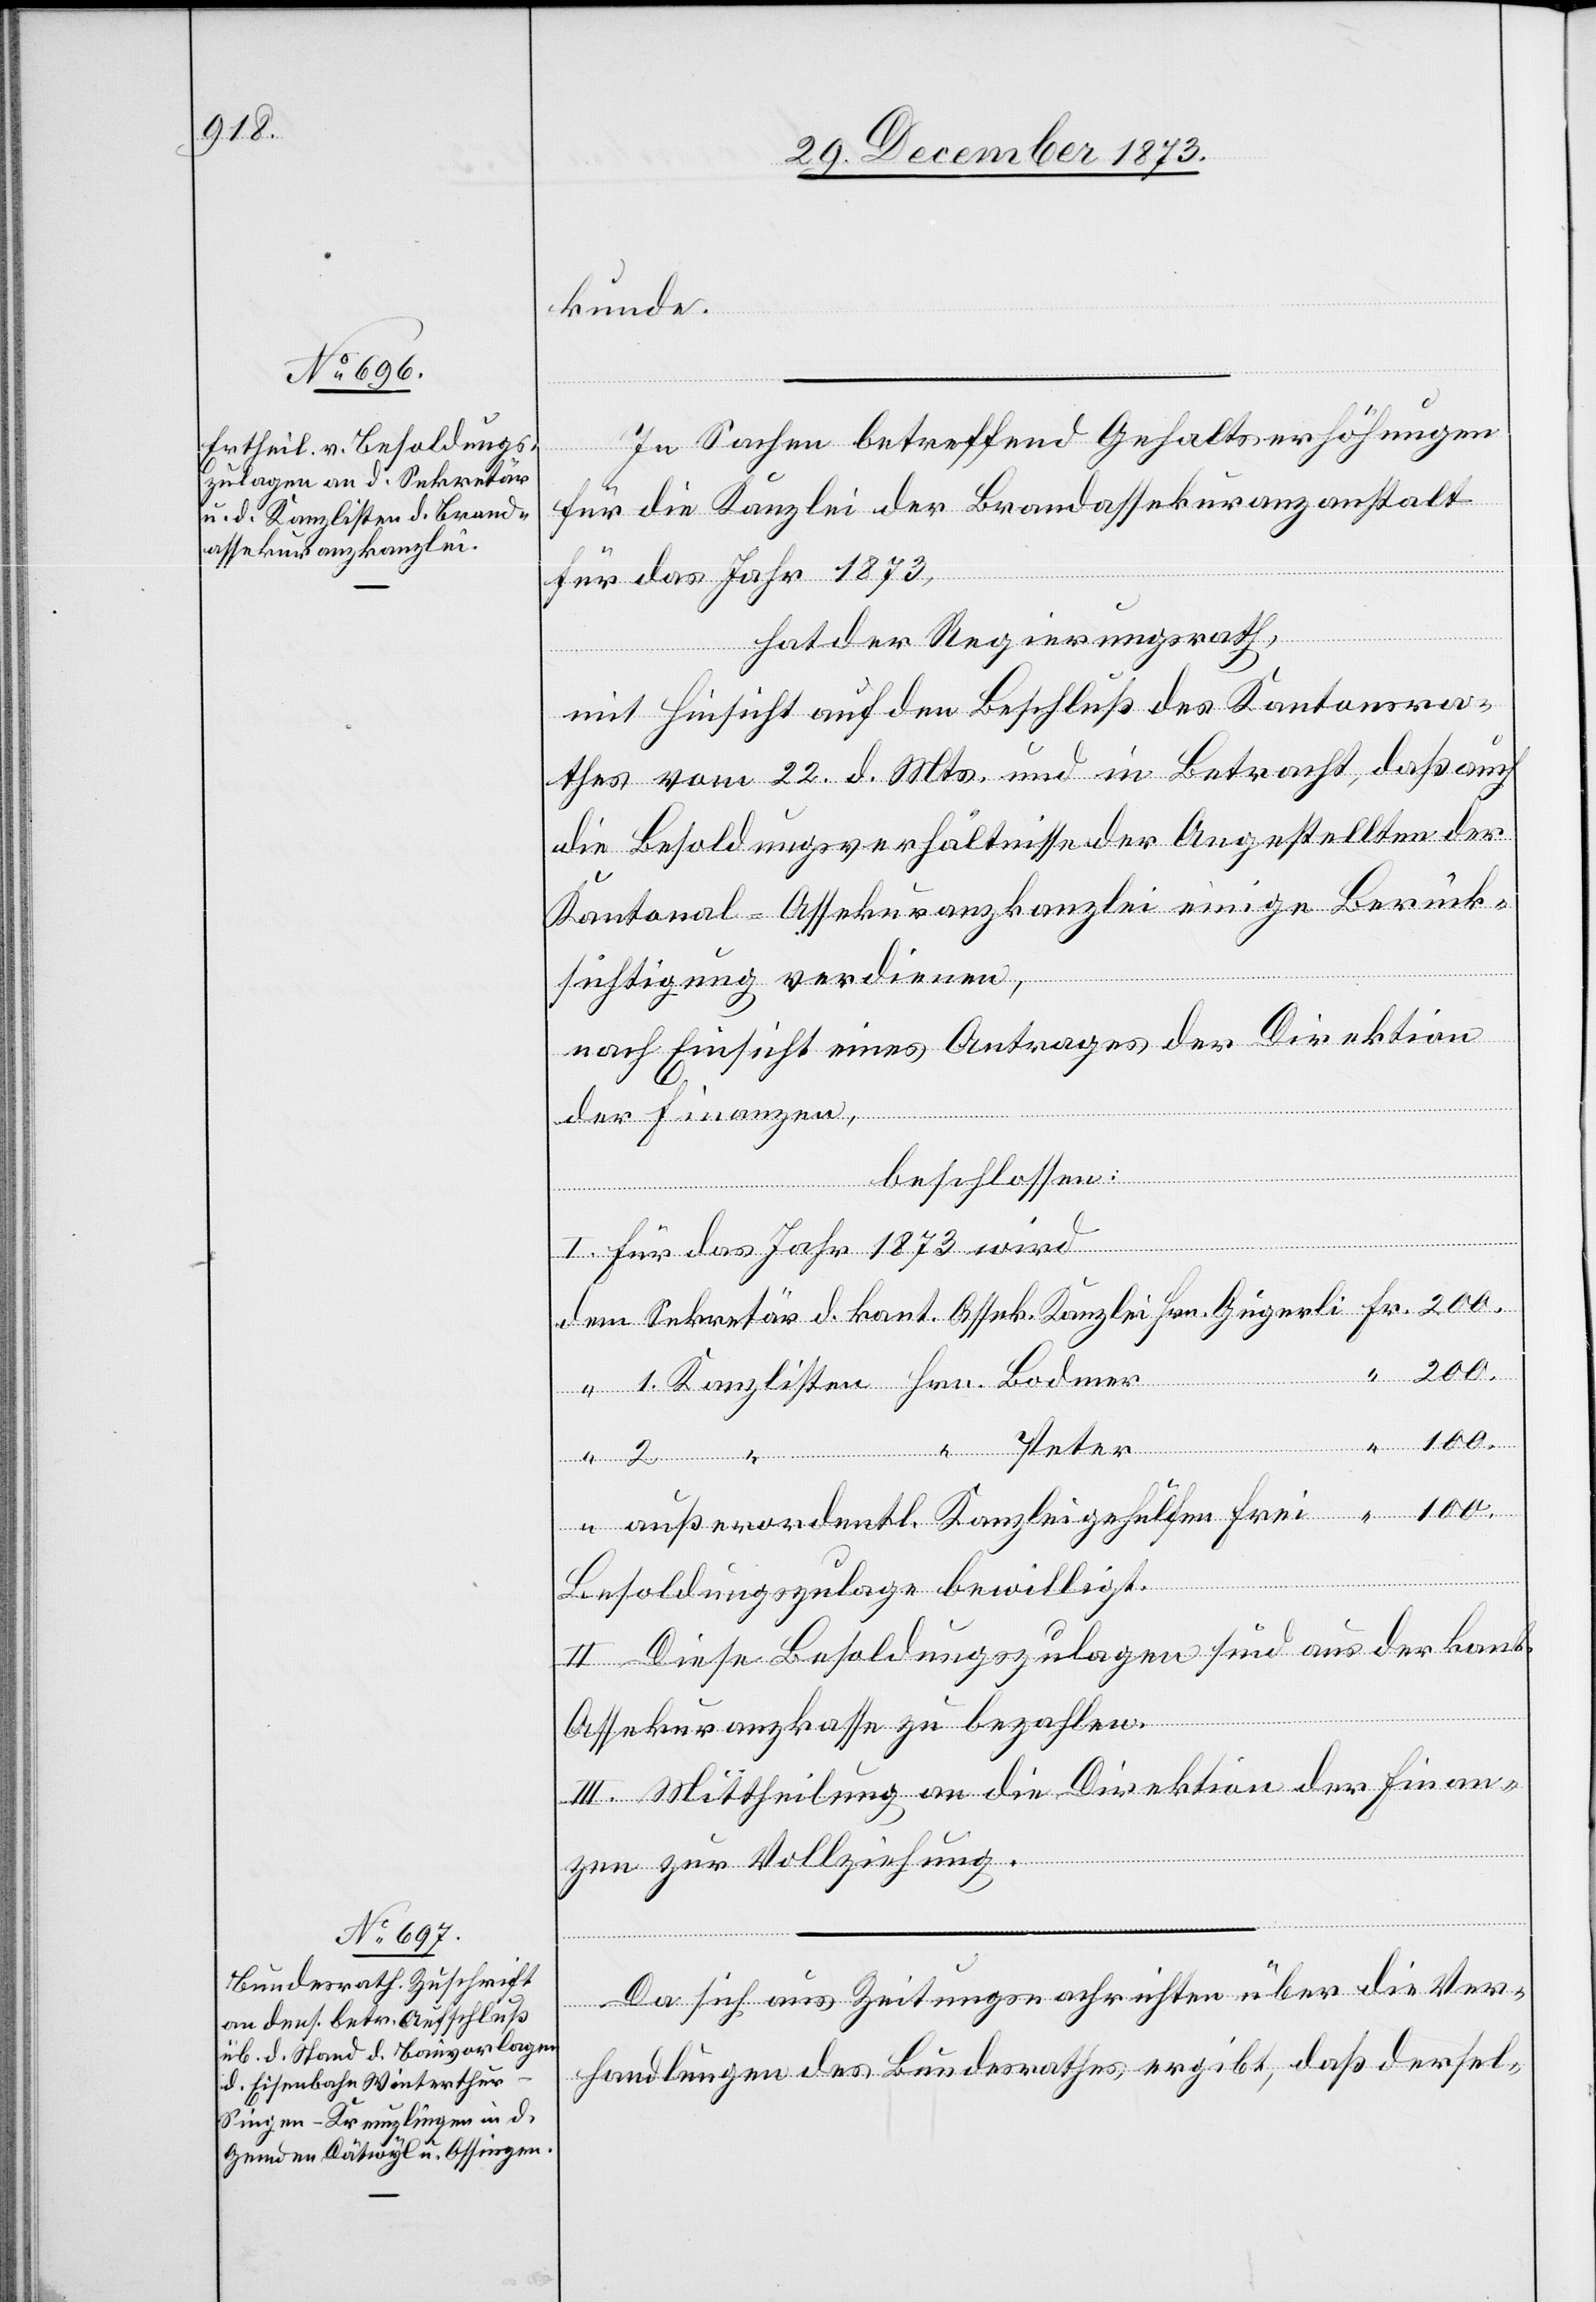
kunde.
In Sachen betreffend Gehaltserhöhungen
für die Kanzlei der Brandassekuranzanstalt
100.
für das Jahr 1873,
hat der Regierungsrath,
mit Hinsicht auf den Beschluß des Kantonsra¬
thes vom 22. d. Mts. und in Betracht, daß auch
die Besoldungsverhältnisse der Angestellten der
Kantonal-Assekuranzkanzlei einige Berück¬
sichtigung verdienen,
nach Einsicht eines Antrages der Direktion
der Finanzen,
beschlossen:
Bodmer
“
I. Für das Jahr 1873 wird
“
Peter
außerordentl. Kanzleigehülfen Frei
Besoldungszulage bewilligt.
II. Diese Besoldungszulagen sind aus der kant.
Assekuranzkasse zu bezahlen.
III. Mittheilung an die Direktion der Finan¬
zen zur Vollziehung.
Da sich aus Zeitungsnachrichten über die Ver¬
handlungen des Bundesrathes ergibt, daß dersel-